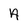
Character: A